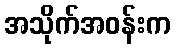
အသိုက်အဝန်းက